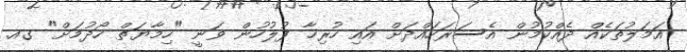
އަމަލުތަކެއް ދެއްކުމުން އެސަރަހައްދަށް އައި ހުރިހާ ފުލުހުން ވަނީ "ހިމާޔަތް ހޯދުމަށް" ގއ.